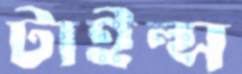
টাইল্স